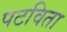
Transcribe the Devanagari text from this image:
पटविता